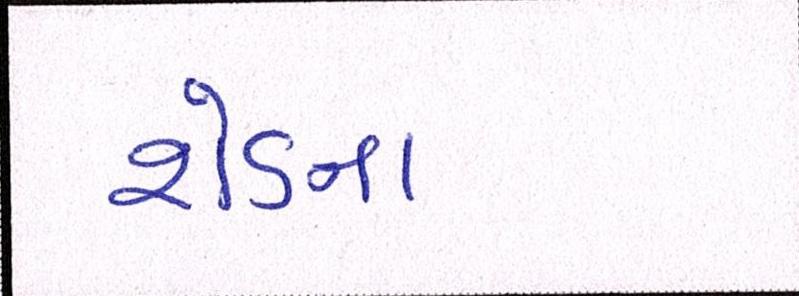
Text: શેડના